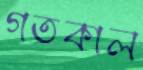
গতকাল